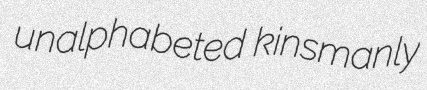
unalphabeted kinsmanly